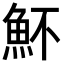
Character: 𩵣